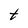
Character: t